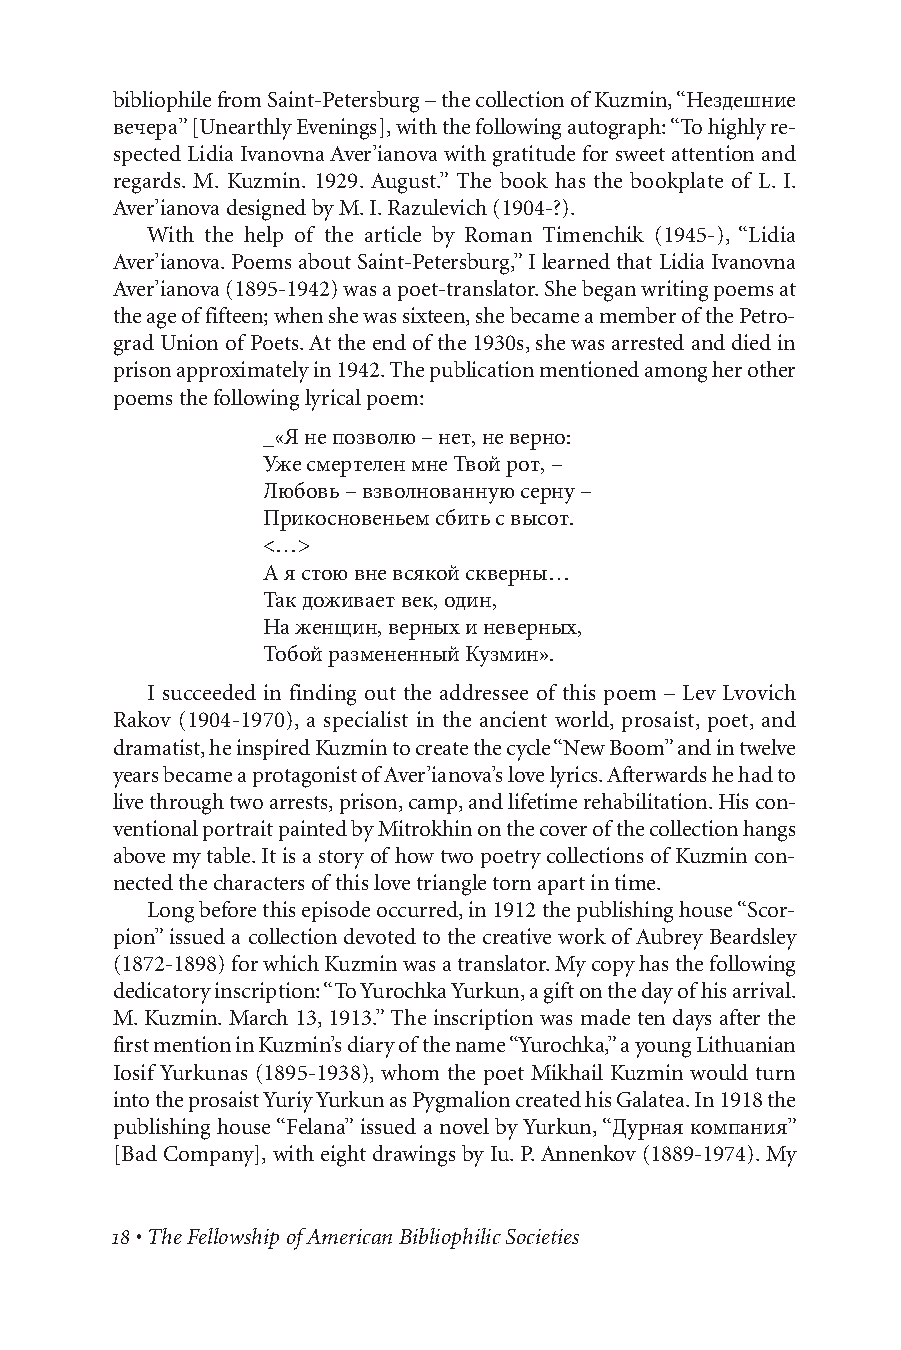
bibliophile from Saint-Petersburg – the collection of Kuzmin, “Нездешние
 вечера” [Unearthly Evenings], with the following autograph: “To highly re-
 spected Lidia Ivanovna Aver’ianova with gratitude for sweet attention and
 regards. M. Kuzmin. 1929. August.” The book has the bookplate of L. I.
 Aver’ianova designed by M. I. Razulevich (1904-?).
 With the help of the article by Roman Timenchik (1945-), “Lidia
 Aver’ianova. Poems about Saint-Petersburg,” I learned that Lidia Ivanovna
 Aver’ianova (1895-1942) was a poet-translator. She began writing poems at
 the age of fifteen; when she was sixteen, she became a member of the Petro-
 grad Union of Poets. At the end of the 1930s, she was arrested and died in
 prison approximately in 1942. The publication mentioned among her other
 poems the following lyrical poem:
 _«Я непозволю– нет, неверно:
 УжесмертеленмнеТвойрот, –
 Любовь– взволнованнуюсерну–
 Прикосновеньемсбитьс высот.
 <…>
 А я стоювневсякойскверны…
 Такдоживаетвек, один,
 Наженщин, верныхи неверных,
 ТобойразмененныйКузмин».
 I succeeded in finding out the addressee of this poem – Lev Lvovich
 Rakov (1904-1970), a specialist in the ancient world, prosaist, poet, and
 dramatist, he inspired Kuzmin to create the cycle “New Boom” and in twelve
 years became a protagonist of Aver’ianova’s love lyrics. Afterwards he had to
 live through two arrests, prison, camp, and lifetime rehabilitation. His con-
 ventional portrait painted by Mitrokhin on the cover of the collection hangs
 above my table. It is a story of how two poetry collections of Kuzmin con-
 nected the characters of this love triangle torn apart in time.
 Long before this episode occurred, in 1912 the publishing house “Scor-
 pion” issued a collection devoted to the creative work of Aubrey Beardsley
 (1872-1898) for which Kuzmin was a translator. My copy has the following
 dedicatory inscription: “To Yurochka Yurkun, a gift on the day of his arrival.
 M. Kuzmin. March 13, 1913.” The inscription was made ten days after the
 first mention in Kuzmin’s diary of the name “Yurochka,” a young Lithuanian
 Iosif Yurkunas (1895-1938), whom the poet Mikhail Kuzmin would turn
 into the prosaist Yuriy Yurkun as Pygmalion created his Galatea. In 1918 the
 publishing house “Felana” issued a novel by Yurkun, “Дурная компания”
 [Bad Company], with eight drawings by Iu. P. Annenkov (1889-1974). My
 • The Fellowship of American Bibliophilic Societies